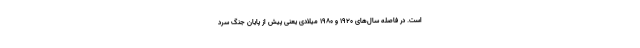
است. در فاصله سال‌های ۱۹۲۰ و ۱۹۸۰ میلادی یعنی پیش از پایان جنگ سرد